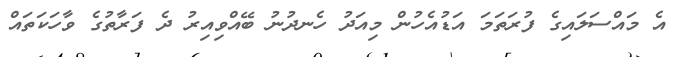
އެ މައްސަލައިގެ ފުރަތަމަ އަޑުއެހުން މިއަދު ހެނދުނު ބޭއްވިއިރު ދެ ފަރާތުގެ ވާހަކަތައް